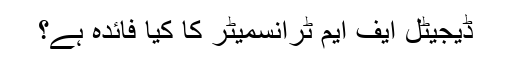
ڈیجیٹل ایف ایم ٹرانسمیٹر کا کیا فائدہ ہے؟